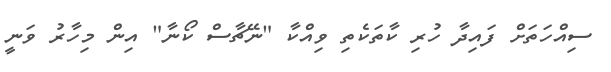
ސިއްހަތަށް ފައިދާ ހުރި ކާތަކެތި ވިއްކާ "ނޭޗާސް ކޯނާ" އިން މިހާރު ވަނީ